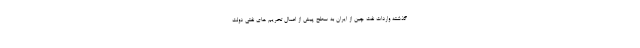
گذشته واردات نفت چین از ایران به سطح پیش از اعمال تحریم های نفتی دولت